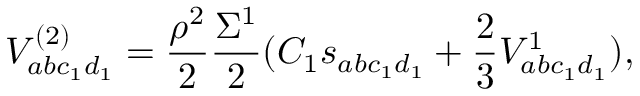
V _ { a b c _ { 1 } d _ { 1 } } ^ { ( 2 ) } = \frac { \rho ^ { 2 } } { 2 } \frac { \Sigma ^ { 1 } } { 2 } ( C _ { 1 } s _ { a b c _ { 1 } d _ { 1 } } + \frac { 2 } { 3 } V _ { a b c _ { 1 } d _ { 1 } } ^ { 1 } ) ,